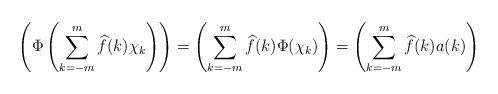
LaTeX: \begin{align*}\left(\Phi\left(\sum_{k=-m}^m\widehat{f}(k)\chi_k\right)\right)=\left(\sum_{k=-m}^m\widehat{f}(k)\Phi(\chi_k)\right)=\left(\sum_{k=-m}^m\widehat{f}(k)a(k)\right)\end{align*}